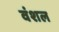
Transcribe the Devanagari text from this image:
वंशल